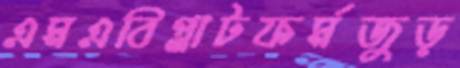
এমএবিপ্লাটফর্মজুড়